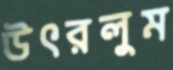
উৎরলুম